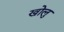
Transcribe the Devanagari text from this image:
खोलु